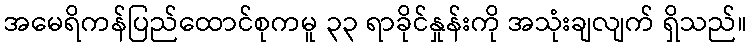
အမေရိကန်ပြည်ထောင်စုကမူ ၃၃ ရာခိုင်နှုန်းကို အသုံးချလျက် ရှိသည်။